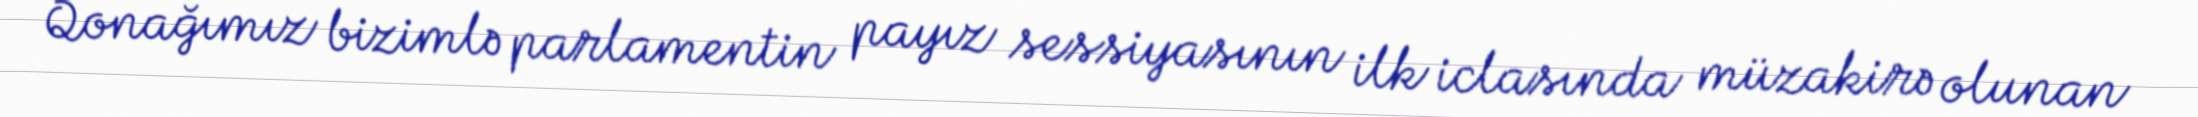
Qonağımız bizimlə parlamentin payız sessiyasının ilk iclasında müzakirə olunan